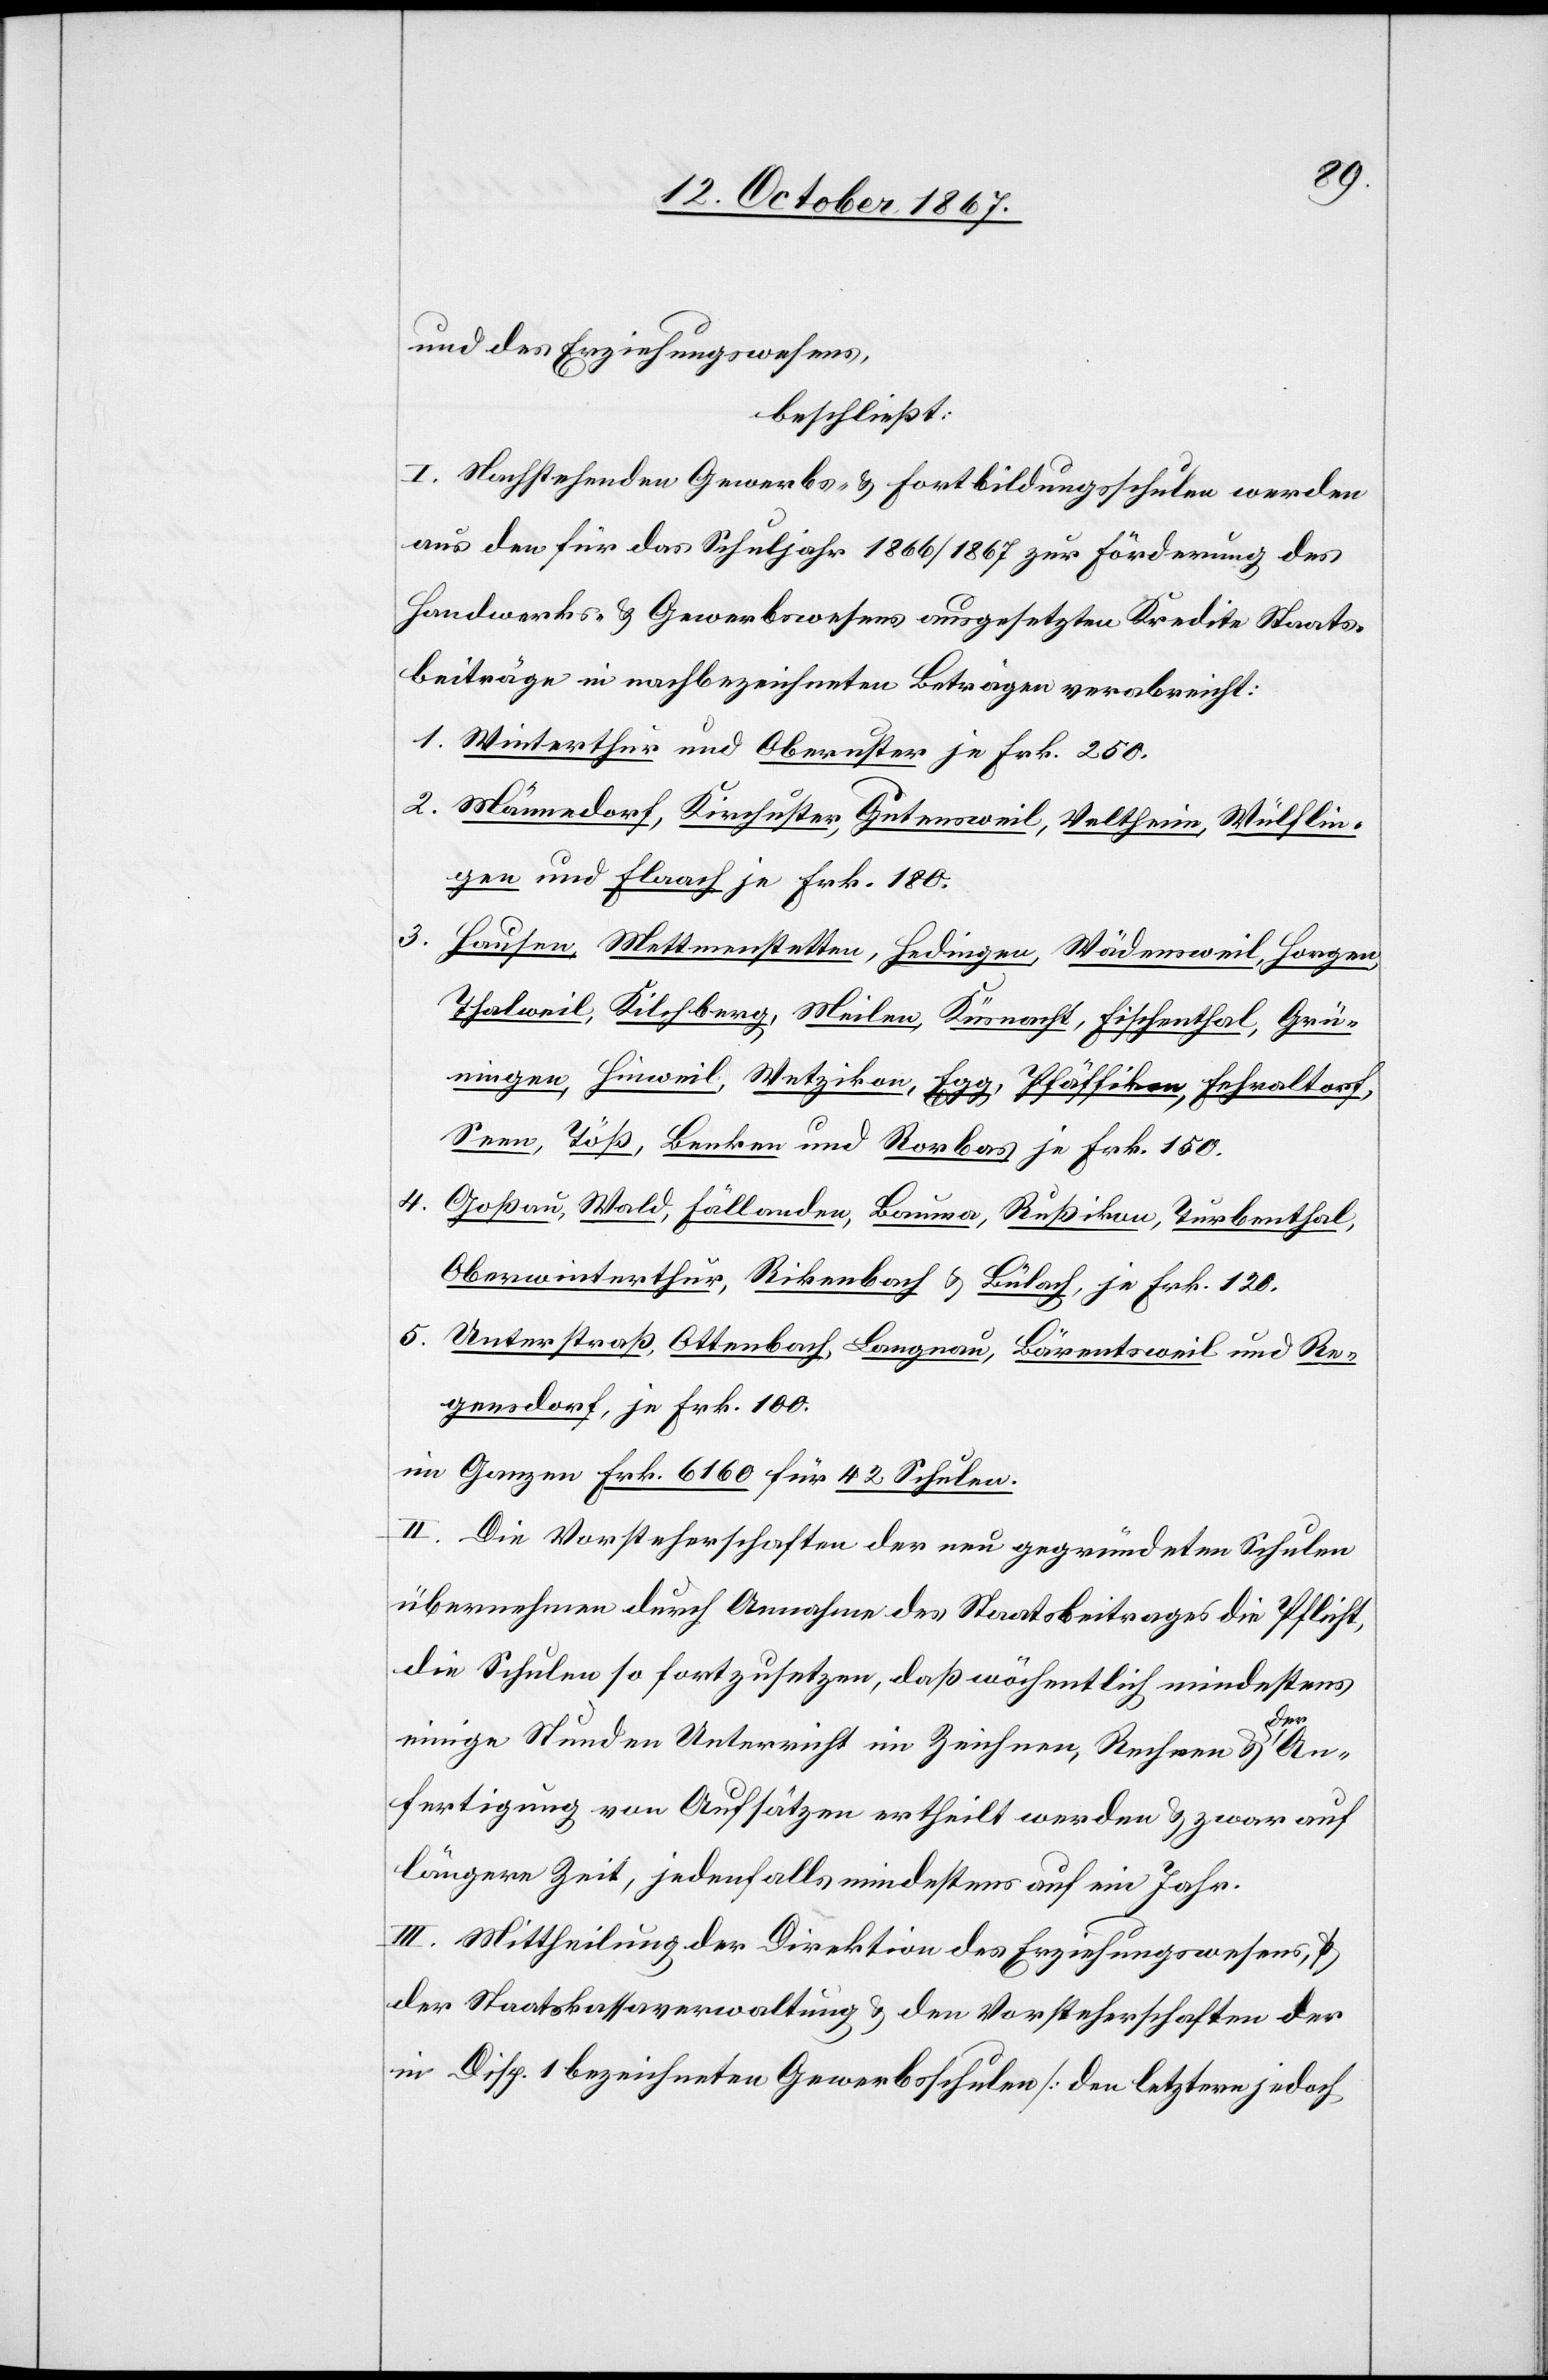
und des Erziehungswesens,
beschließt:
I. Nachstehende Gewerbs- u. Fortbildungsschulen werden
aus den für das Schuljahr 1866/1867 zur Förderung des
Handwerks- und Gewerbswesens ausgesetzten Kredite Staats¬
beiträge in nachbezeichneten Beträgen verabreicht:
1. Winterthur und Oberuster je Frk. 250.
2. Männedorf, Kirchuster, Gutensweil, Veltheim, Wülflin¬
gen und Flaach je Frk. 180.
3.
Hausen, Mettmenstetten, Hedingen, Wädensweil, Horgen,
Thalweil, Kilchberg, Meilen, Küsnacht, Fischenthal, Grü¬
ningen, Hinweil, Wetzikon, Egg, Pfäffikon, Fehraltorf,
Seen, Töß, Benken und Rorbas je Frk. 150.
4.
Goßau, Wald, Fällanden, Bauma, Rußikon, Turbenthal,
Oberwinterthur, Rikenbach u. Bülach, je Frk. 120.
5. Unterstraß, Ottenbach, Langnau, Bärentsweil und Re¬
gensdorf, je Frk. 100.
im Ganzen Frk. 6160 für 42 Schulen.
II. Die Vorsteherschaften der neu gegründeten Schulen
übernehmen durch Annahme des Staatsbeitrages die Pflicht,
die Schulen so fortzusetzen, daß wöchentlich mindestens
einige Stunden Unterricht im Zeichnen, Rechnen u. der An¬
fertigung von Aufsätzen ertheilt werden u. zwar auf
längere Zeit, jedenfalls mindestens auf ein Jahr.
III. Mittheilung der Direktion des Erziehungswesens,
der Staatskassaverwaltung u. den Vorsteherschaften der
in Disp. 1 bezeichneten Gewerbsschulen [den letztern jedoch